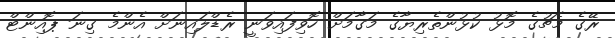
ރޭގެ މެޗުގެ މޮޅު ކުޅުންތެރިޔާގެ މަގާމަށް ހޮވިފައިވަނީ ރެޑްލައިނަށް އެންމެ ގިނަ ޕޮއިންޓް